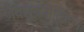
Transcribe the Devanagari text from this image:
जैवसूचनाविज्ञान